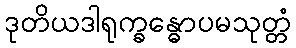
ဒုတိယဒါရုက္ခန္ဓောပမသုတ္တံ